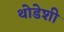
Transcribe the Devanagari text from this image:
थोडेशी